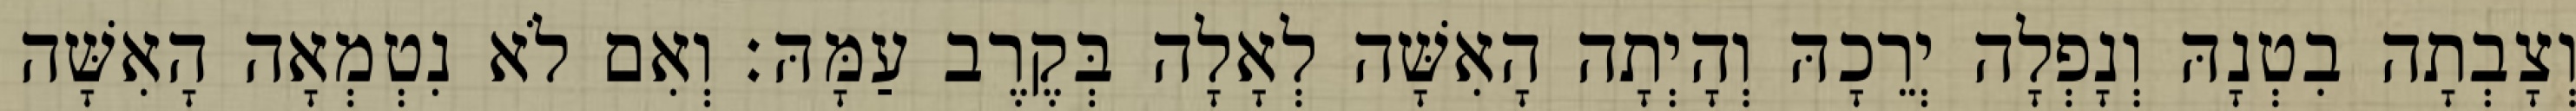
וְצָבְתָה בִטְנָהּ וְנָפְלָה יְרֵכָהּ וְהָיְתָה הָאִשָּׁה לְאָלָה בְּקֶרֶב עַמָּהּ׃ וְאִם לֹא נִטְמְאָה הָאִשָּׁה